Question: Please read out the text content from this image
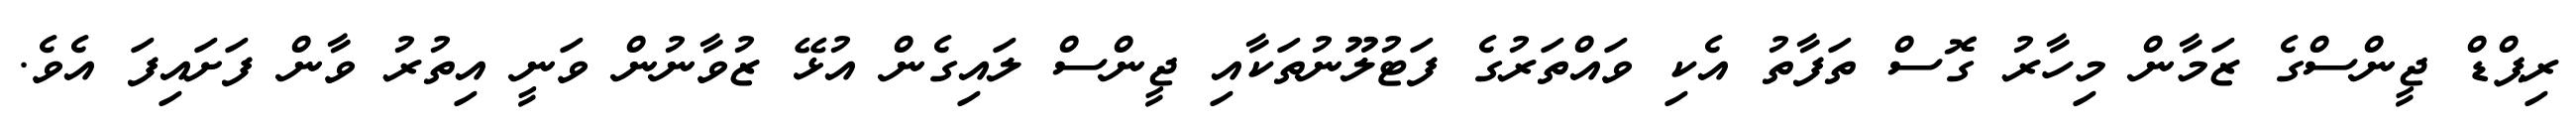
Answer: ރިޕްޑް ޖީންސްގެ ޒަމާން މިހާރު ގޮސް ތަފާތު އެކި ވައްތަރުގެ ފަޓުލޫނުތަކާއި ޖީންސް ލައިގެން އުޅޭ ޒުވާނުން ވަނީ އިތުރު ވާން ފަށައިފަ އެވެ.